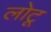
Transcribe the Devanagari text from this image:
लोटू